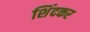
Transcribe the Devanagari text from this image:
शिंदकर